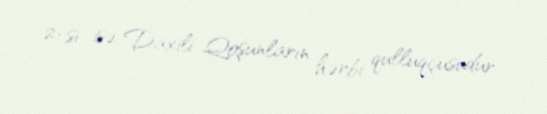
2-si isə Daxili Qoşunların hərbi qulluqçusudur.